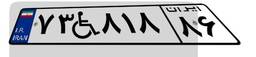
۷۳W۸۱۸۸۶